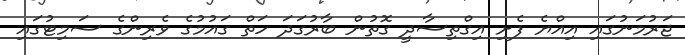
ޖަރުމަނުގައި އިއްޔެ ފެށި އިގްތިސާދީ ގޮތުން ބާރުގަދަ ހަތް ގައުމުގެ ވެރިންގެ ސަމިޓުގައި